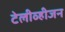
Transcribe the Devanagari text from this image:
टेलीव्हीजन